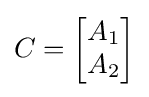
C={\begin{bmatrix}A_{1}\\A_{2}\end{bmatrix}}